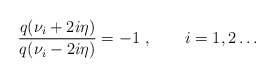
\begin{align*}\frac{q(\nu_i+2i\eta)}{q(\nu_i-2i\eta)}=-1~,\qquad i=1,2\dots\end{align*}